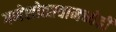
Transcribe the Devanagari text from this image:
गणेशोत्सवामध्येही